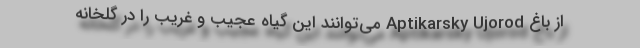
از باغ Aptikarsky Ujorod می‌توانند این گیاه عجیب و غریب را در گلخانه